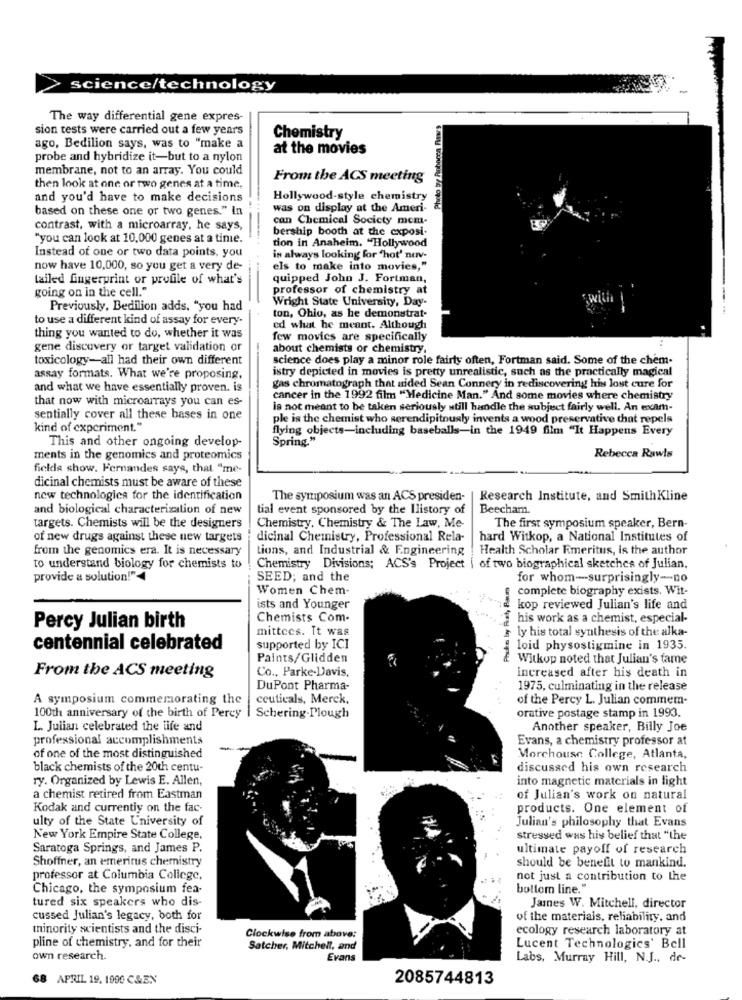
science/technology
The way differential gene expres-
sion tests were carried out a few years
Chemistry
ago, Bedilion says, was to "make a
at the movies
probe and hybridize it-but to a nylon
membrane, not to an array. You could
From the ACS meeting
then look at one or two genes at a time,
and you'd have to make decisions
Hollywood-style chemistry
based on these one or two genes." In
was on display at the Ameri-
can Chemical Society mem-
contrast, with a microarray, he says,
bership booth at the exposi-
"you can look at 10,000 genes at a time.
tion in Anaheim. "Hollywood
Instead of one or two data points, you
in always looking for "hot' nav-
now have 10,000, so you get a very de-
els to make into movies,"
tailed Lugerprint or profile of what's
quipped John J. Fortman,
going on in the cell."
professor of chemistry at
Wright State University, Day-
;with
Previously, Bedilion adds, "you had
to use a different kind of assay for every-
ton, Ohio, as he demonstrat-
ed what he meant. Although
thing you wanted to do, whether it was
few movies are specifically
gene discovery or target validation or
about chemists or chemistry.
toxicology-all had their own different
science does play a minor role fairly often, Fortman said. Some of the chem-
istry depicted in movies is pretty unrealistic, such as the practically magical
assay formats. What we're proposing.
and what we have essentially proven. is
gas chromatograph that sided Sean Connery in rediscovering his lost cure for
that now with microarrays you can es-
cancer in the 1992 film "Medicine Man." And some movies where chemistry
is not meant to be taken seriously still handle the subject fairly well. An exam-
sentially cover all these bases in one
ple is the chemist who serendipitously invents a wood preservative that repels
kind of experiment."
flying objects-including baseballs-in the 1949 film "It Happens Every
Spring."
This and other ongoing develop-
ments in the genomics and proteomics
Rebecca Rawls
fielda show. Fernandes saya, that "me-
dicinal chemists must be aware of these
new technologies for the identification
The symposium was an ACS presiden- | Research Institute, and SmithKline
and biological characterization of new
tial event sponsored by the Ilistory of
Beecham.
targets. Chemists will be the designers
Chemistry, Chemistry & The Law, Me-
The first symposium speaker, Bern-
of new drugs against these new targets
dicinal Chemistry, Professional Rela-
hard Witkop, a National Institutes of
from the genomics era. It is necessary
tions, and Industrial & Engineering
Health Scholar Emeritus, is the author
to understand biology for chemists to
Chemistry Divisions; ACS's Project [ of two biographical sketches of Julian,
provide a solution!"
SEED; and the
Phuko by Fiat, Baum
for whom-surprisingly-no
Women Chem-
complete biography exists. Wit-
ists and Younger
kop reviewed Julian's life and
Chemists Com-
his work as a chemist, especial-
Percy Julian birth
mittees. It was
ly his total synthesis of the alka-
centennial celebrated
supported by ICI
loid physostigmine in 1935.
Paints/Glidden
Witkop noted that Julian's fame
Co ., Parke-Davis,
increased after his death in
From the ACS meeting
DuPont Pharma-
1975, culminating in the release
A symposium commemorating the
ceuticals, Merck,
of the Percy L. Julian commem-
orative postage stamp in 1993.
100th anniversary of the birth of Percy
Schering-Plough
L .. Julian celebrated the life and
Another speaker, Billy Joe
professional accomplishments
Evans, a chemistry professor at
of one of the most distinguished
Morchouse College, Atlanta,
black chemists of the 20th centu-
discussed his own research
ry. Organized by Lewis E. Allen,
into magnetic materials in light
a chemist retired from Eastman
of Julian's work on natural
Kodak and currently on the fac-
products. One element of
ulty of the State University of
Julian's philosophy that Evans
New York Empire State College,
stressed was his belief that "the
Saratoga Springs, and James P.
ultimate payoff of research
Shoffner, an emeritus chemistry
should be benefit to mankind.
professor at Columbia College,
not just a contribution to the
Chicago, the symposium fea-
bottom line."
tured six speakers who dis-
James W. Mitchell, director
cussed Julian's legacy, both for
of the materials, reliability, and
minority scientists and the disci-
ecology research laboratory at
Clockwise from above:
pline of chemistry, and for their
Satcher, Mitchell, and
Lucent Technologies' Bell
own research.
Evans
Labs, Murray Hill, N.J ., de-
68 APRIL 19. 1990 C&EN
2085744813